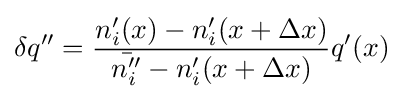
\delta q''={\frac {n'_{i}(x)-n'_{i}(x+\Delta x)}{{\bar {n_{i}''}}-n'_{i}(x+\Delta x)}}q'(x)